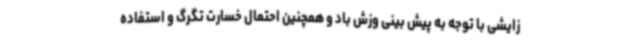
زایشی با توجه به پیش بینی وزش باد و همچنین احتمال خسارت تگرگ و استفاده